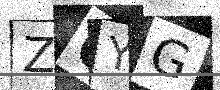
Text: ZQYG